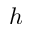
h